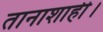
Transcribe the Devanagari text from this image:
तानाशाही।